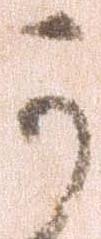
可